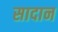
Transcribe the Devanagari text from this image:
सादान